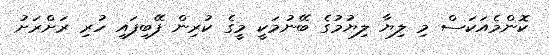
ކޮންމެއަކަސް މި ލިޔާ ލިޔުމުގެ ބޭނުމަކީ މީގެ ކުރިން ފޭބިފައި ހުރި ރަށްރަށު